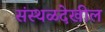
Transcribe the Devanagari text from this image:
संस्थळदेखील